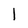
Character: 1